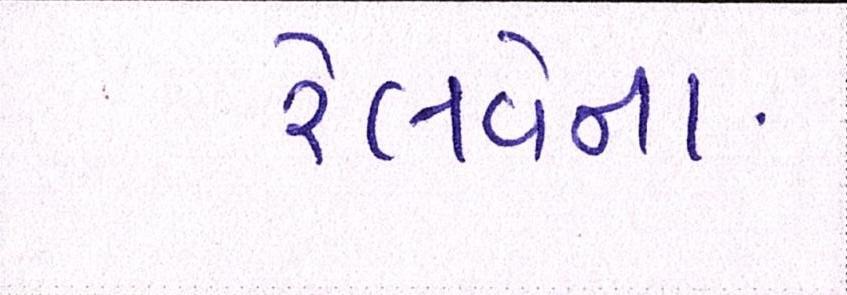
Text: રેલવેના